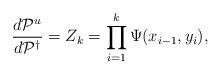
LaTeX: \begin{align*} \frac{d\mathcal{P}^u}{d\mathcal{P}^\dagger}=Z_k=\prod_{i=1}^k\Psi(x_{i-1},y_i), \end{align*}